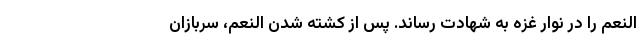
النعم را در نوار غزه به شهادت رساند. پس از کشته شدن النعم، سربازان